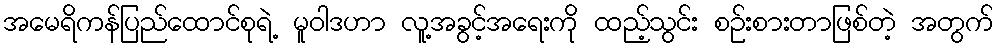
အမေရိကန်ပြည်ထောင်စုရဲ့ မူဝါဒဟာ လူ့အခွင့်အရေးကို ထည့်သွင်း စဉ်းစားတာဖြစ်တဲ့ အတွက်